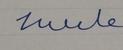
Signature authenticity: forged